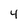
Character: 4